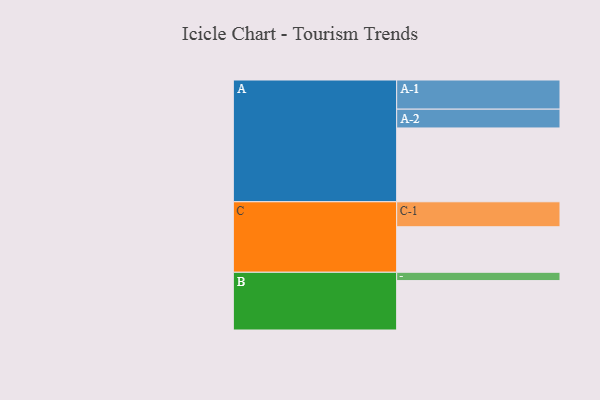
{"axis": {"x": "Segment", "y": "Value"}, "legend": ["", "A", "B", "C"], "data": [{"x": "A", "y": 514, "type": ""}, {"x": "B", "y": 344, "type": ""}, {"x": "C", "y": 317, "type": ""}, {"x": "A-1", "y": 203, "type": "A"}, {"x": "A-2", "y": 131, "type": "A"}, {"x": "B-1", "y": 58, "type": "B"}, {"x": "C-1", "y": 174, "type": "C"}]}